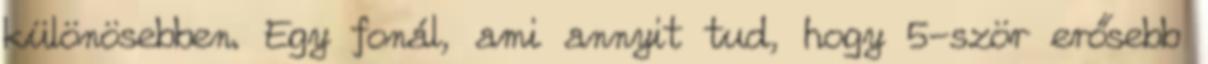
különösebben. Egy fonál, ami annyit tud, hogy 5-ször erősebb